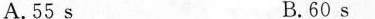
A.55s B.60s